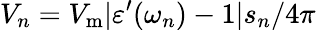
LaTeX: V_{n}=V_{\mathrm{m}}|\varepsilon^{\prime}(\omega_{n})-1|s_{n}/4\pi